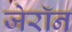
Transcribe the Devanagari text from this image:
जेरॉन